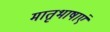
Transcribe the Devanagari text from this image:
मातृभाषाएं